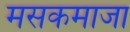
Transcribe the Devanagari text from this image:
मसकमाजा